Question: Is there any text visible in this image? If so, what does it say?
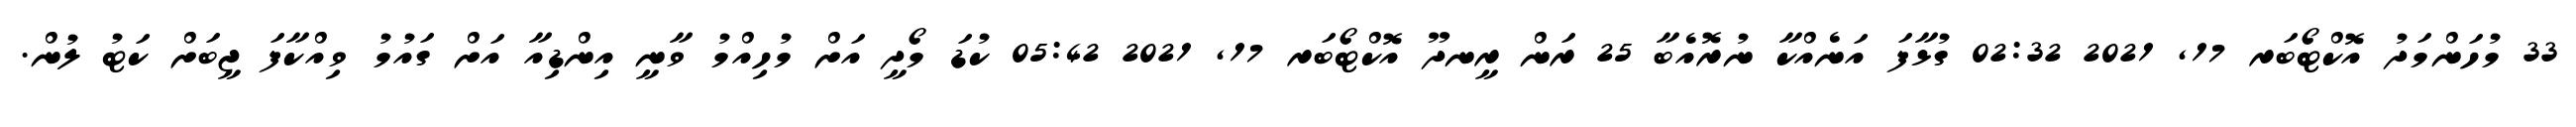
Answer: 33 މުހަންމަދު އޮކްޓޯބަރ 17, 2021 02:32 ގުޅާފަ އަނެއްކާ ނުރޮއެބާ 25 ރަން ރީނދޫ އޮކްޓޯބަރ 17, 2021 05:42 ކުޑަ މޯދީ އަށް މުހިއްމު ވާނީ އިންޑިއާ އަށް ގައުމު ވިއްކާފަ ޖީބަށް ކަޓު ލުން.